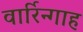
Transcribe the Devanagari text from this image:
वार्रिन्गाह